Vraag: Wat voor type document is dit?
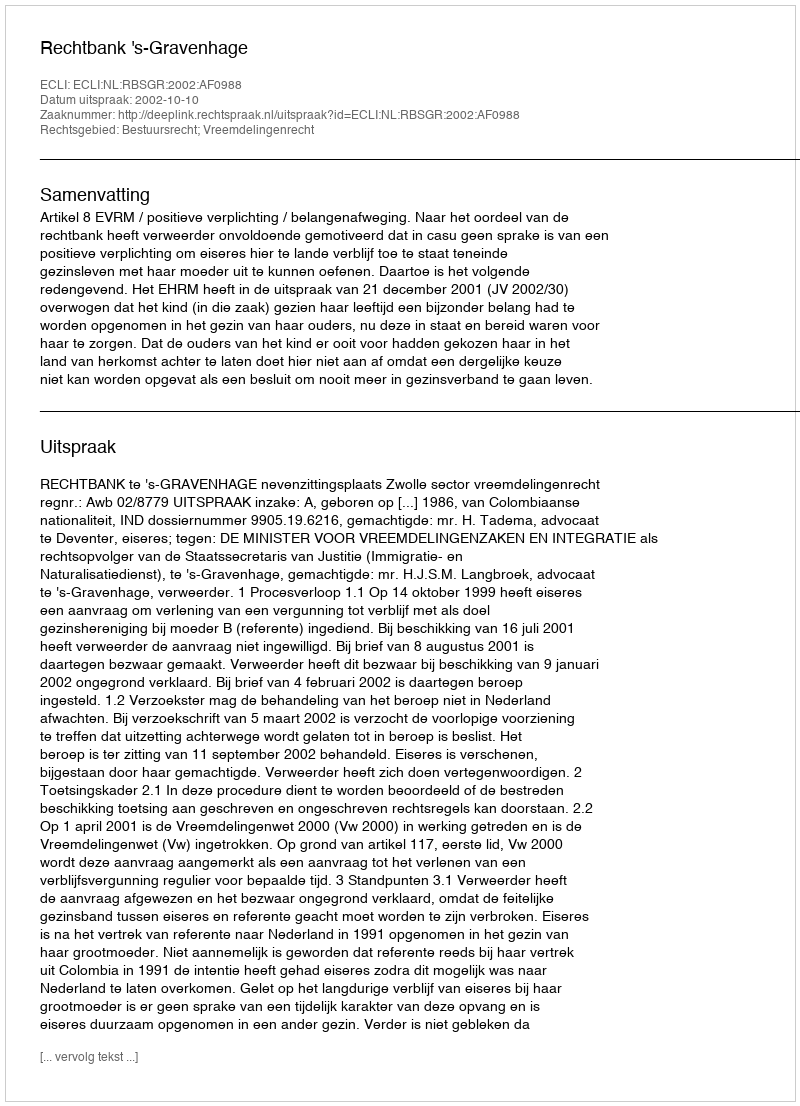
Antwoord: Uitspraak